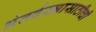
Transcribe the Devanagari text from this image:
अंतर्वस्त्रासाठीची